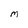
Character: M